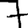
Digit: 7